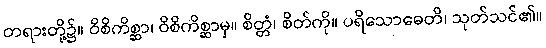
တရားတို့၌။ ဝိစိကိစ္ဆာ၊ ဝိစိကိစ္ဆာမှ။ စိတ္တံ၊ စိတ်ကို။ ပရိသောဓေတိ၊ သုတ်သင်၏။